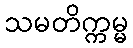
သမတိက္ကမ္မ